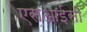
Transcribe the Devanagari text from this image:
एसआईसी